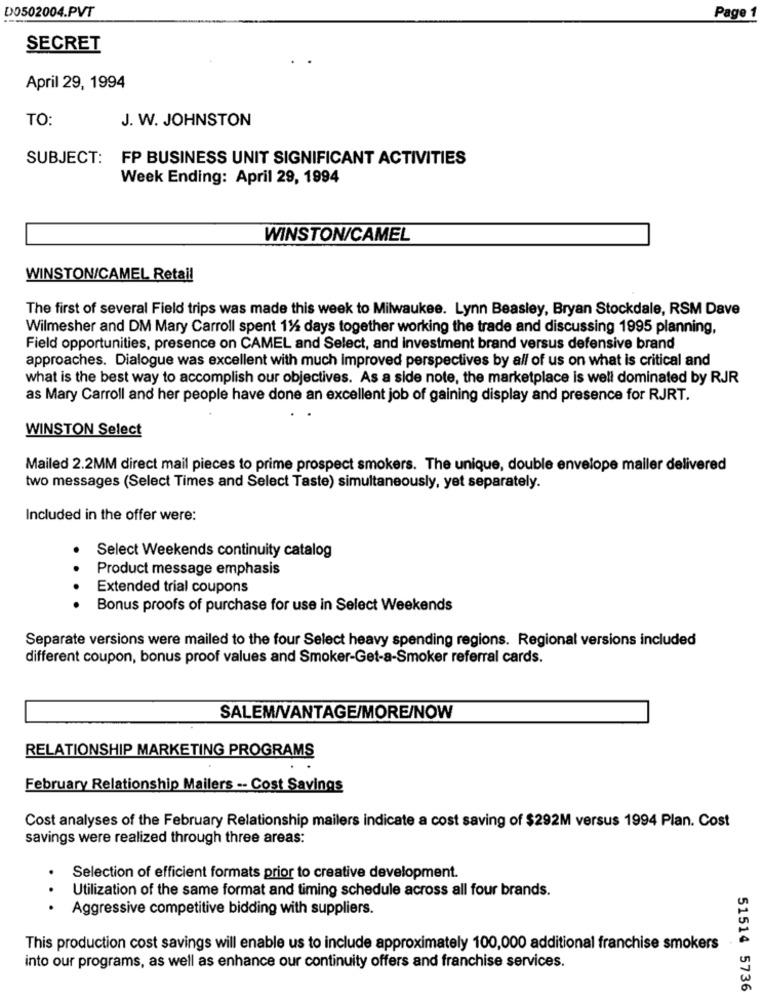
D0502004.PVT
Page 1
SECRET
April 29, 1994
TO:
J. W. JOHNSTON
SUBJECT: FP BUSINESS UNIT SIGNIFICANT ACTIVITIES
Week Ending: April 29, 1994
WINSTON/CAMEL
WINSTON/CAMEL Retail
The first of several Field trips was made this week to Milwaukee. Lynn Beasley, Bryan Stockdale, RSM Dave
Wilmesher and DM Mary Carroll spent 11/4 days together working the trade and discussing 1995 planning,
Field opportunities, presence on CAMEL and Select, and investment brand versus defensive brand
approaches. Dialogue was excellent with much improved perspectives by all of us on what is critical and
what is the best way to accomplish our objectives. As a side note, the marketplace is well dominated by RJR
as Mary Carroll and her people have done an excellent job of gaining display and presence for RJRT.
WINSTON Select
Mailed 2.2MM direct mail pieces to prime prospect smokers. The unique, double envelope mailer delivered
two messages (Select Times and Select Taste) simultaneously, yet separately.
Included in the offer were:
.
Select Weekends continuity catalog
Product message emphasis
Extended trial coupons
Bonus proofs of purchase for use in Select Weekends
Separate versions were mailed to the four Select heavy spending regions. Regional versions included
different coupon, bonus proof values and Smoker-Get-a-Smoker referral cards.
SALEM/VANTAGE/MORE/NOW
RELATIONSHIP MARKETING PROGRAMS
February Relationship Mailers -- Cost Savings
Cost analyses of the February Relationship mailers indicate a cost saving of $292M versus 1994 Plan. Cost
savings were realized through three areas:
Selection of efficient formats prior to creative development.
Utilization of the same format and timing schedule across all four brands.
..
Aggressive competitive bidding with suppliers.
This production cost savings will enable us to include approximately 100,000 additional franchise smokers
into our programs, as well as enhance our continuity offers and franchise services.
51514 5736